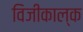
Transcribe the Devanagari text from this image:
विजीकाल्क